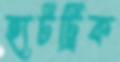
হ্যটট্রিক